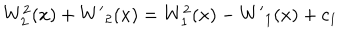
W _ { 2 } ^ { 2 } ( x ) + { W ^ { \prime } } _ { 2 } ( x ) = W _ { 1 } ^ { 2 } ( x ) - { W ^ { \prime } } _ { 1 } ( x ) + c _ { 1 }